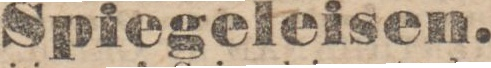
Spiegeleisen.